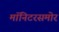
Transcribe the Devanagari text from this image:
मॉनिटरसमोर